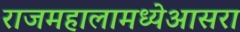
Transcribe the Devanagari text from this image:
राजमहालामध्येआसरा